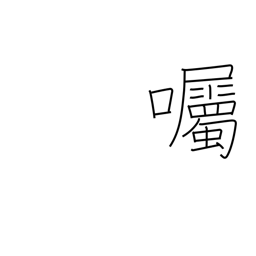
Meaning: send a message